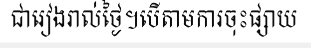
ជារៀងរាល់ថ្ងៃ។បើតាមការចុះផ្សាយ